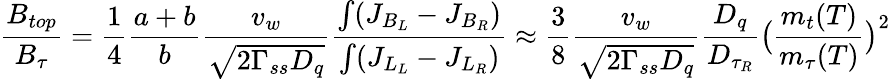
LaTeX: {\frac{B_{top}}{B_{\tau}}}={\frac{1}{4}}{\frac{a+b}{b}}{\frac{v_{w}}{\sqrt{2\Gamma_{ss}D_{q}}}}{\frac{\int(J_{B_{L}}-J_{B_{R}})}{\int(J_{L_{L}}-J_{L_{R}})}}\approx{\frac{3}{8}}{\frac{v_{w}}{\sqrt{2\Gamma_{ss}D_{q}}}}{\frac{D_{q}}{D_{\tau_{R}}}}\bigl({\frac{m_{t}(T)}{m_{\tau}(T)}}\bigr)^{2}